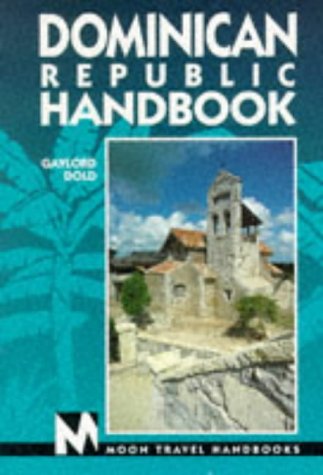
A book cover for Dominican Republic Handbook (Dominican Republic Handbook, 1st ed); Gaylord Dold; Travel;